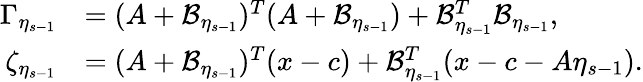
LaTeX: \begin{array}{rl}{\Gamma_{\eta_{s-1}}}&{=(A+{\cal B}_{\eta_{s-1}})^{T}(A+{\cal B}_{\eta_{s-1}})+{\cal B}_{\eta_{s-1}}^{T}{\cal B}_{\eta_{s-1}},}\\ {\zeta_{\eta_{s-1}}}&{=(A+{\cal B}_{\eta_{s-1}})^{T}(x-c)+{\cal B}_{\eta_{s-1}}^{T}(x-c-A\eta_{s-1}).}\end{array}